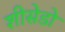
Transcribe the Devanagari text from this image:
शीसेडो